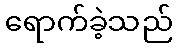
ရောက်ခဲ့သည်